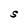
Character: S